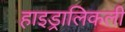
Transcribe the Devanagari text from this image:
हाइड्रालिकली